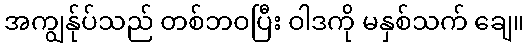
အကျွန်ုပ်သည် တစ်ဘဝပြီး ဝါဒကို မနှစ်သက် ချေ။